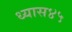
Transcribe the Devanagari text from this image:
ध्यास४५